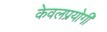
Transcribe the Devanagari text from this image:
केवलप्रयोगी